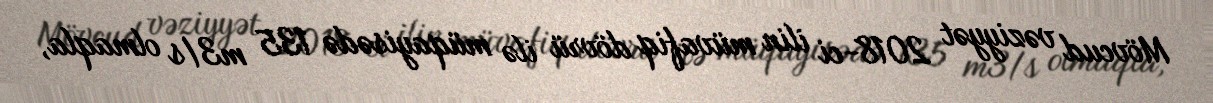
Mövcud vəziyyət 2018-ci ilin müvafiq dövrü ilə müqayisədə 135 m3/s olmaqla,